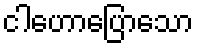
ငါဟောပြောသော